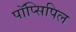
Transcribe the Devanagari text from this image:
पॉप्सिपिल